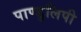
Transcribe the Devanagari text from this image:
पाण्डुलिपी